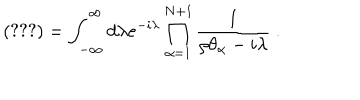
\left( \ref { k o t e n c p n k o s o k u } \right) = \int _ { - \infty } ^ { \infty } d \lambda e ^ { - i \lambda } \prod _ { \alpha = 1 } ^ { N + 1 } { \frac { 1 } { \rho \theta _ { \alpha } - i \lambda } } \ .